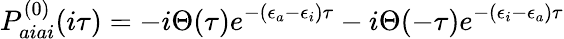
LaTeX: P_{aiai}^{(0)}(i\tau)=-i\Theta(\tau)e^{-(\epsilon_{a}-\epsilon_{i})\tau}-i\Theta(-\tau)e^{-(\epsilon_{i}-\epsilon_{a})\tau}